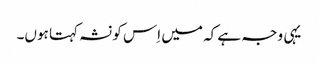
یہی وجہ ہے کہ میں اِس کو نشہ کہتا ہوں۔